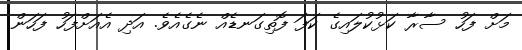
މަށް ފަހު ސާރާ ކަޅުކުލައިގެ ކަފަ ފޮތިގަނޑެއް ނެގެއެވެ. އަދި އެއަށްފަހު ފަހަން